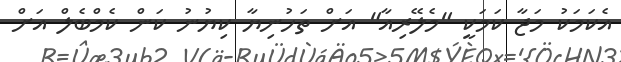
އެކަމަކު މަޖާ ކަމަކީ "މެލޭރިއާ" އަށް ތަހުނިޔާ ކިޔުނު ކަން ކެމްބެލް އަށް